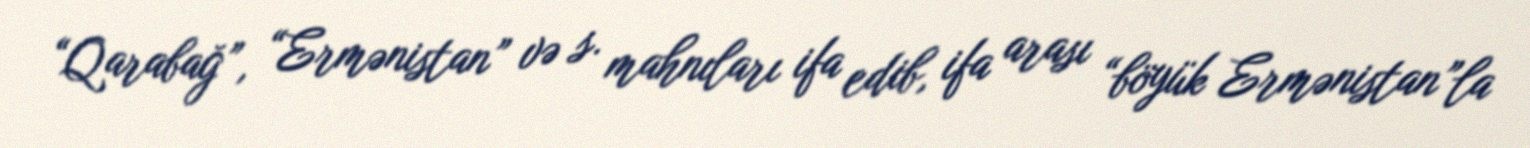
“Qarabağ”, “Ermənistan” və s. mahnıları ifa edib, ifa arası “böyük Ermənistan”la